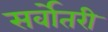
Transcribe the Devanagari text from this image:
सर्वोतरी